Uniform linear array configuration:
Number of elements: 8
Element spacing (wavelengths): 0.25
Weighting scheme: hamming
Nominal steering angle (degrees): -30
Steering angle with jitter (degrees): -29.617
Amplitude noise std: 0.05
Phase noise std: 0.05

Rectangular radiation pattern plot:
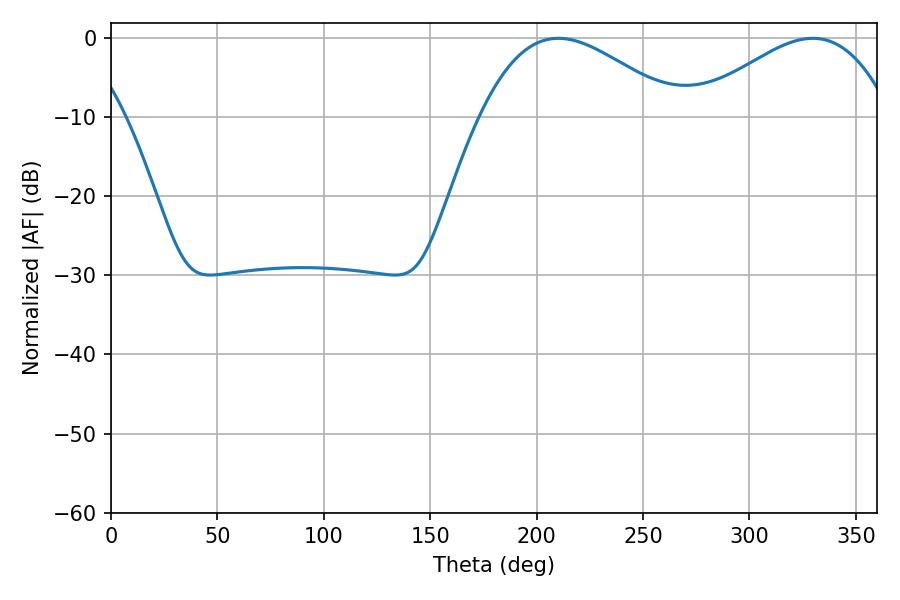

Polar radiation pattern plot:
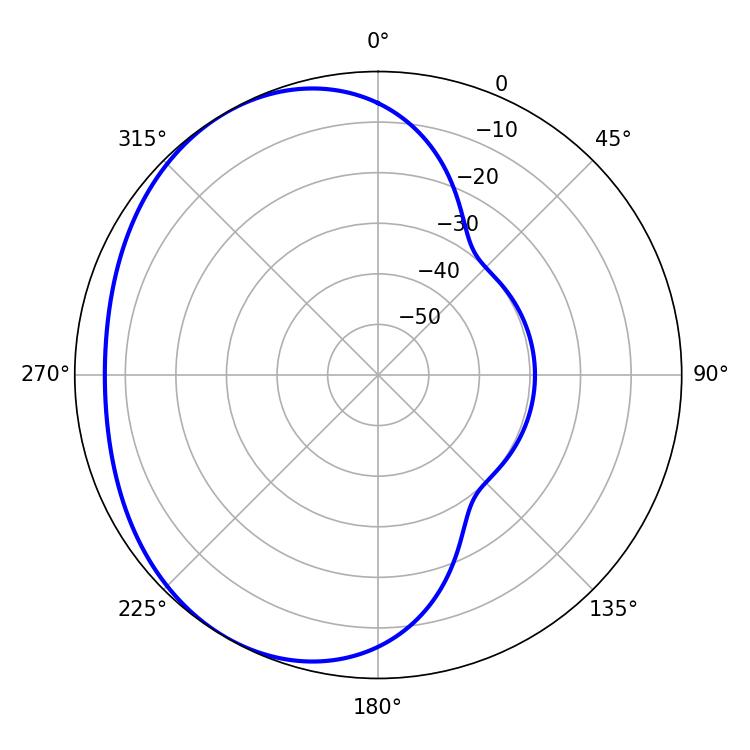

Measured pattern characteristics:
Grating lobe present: FALSE
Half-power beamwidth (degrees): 50.22
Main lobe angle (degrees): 210.24